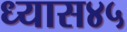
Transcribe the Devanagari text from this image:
ध्यास४५